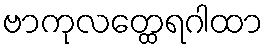
ဗာကုလတ္ထေရဂါထာ